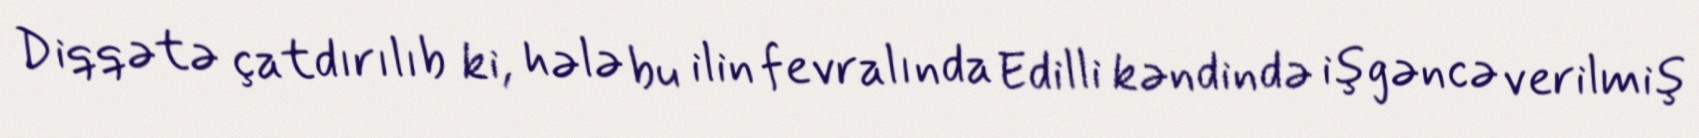
Diqqətə çatdırılıb ki, hələ bu ilin fevralında Edilli kəndində işgəncə verilmiş